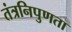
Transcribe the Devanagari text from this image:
तंत्रनिपुणता